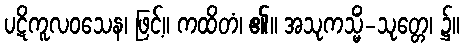
ပဋိကူလဝသေန၊ ဖြင့်။ ကထိတံ၊ ၏။ အသုကသ္မိံ-သုတ္တေ၊ ၌။